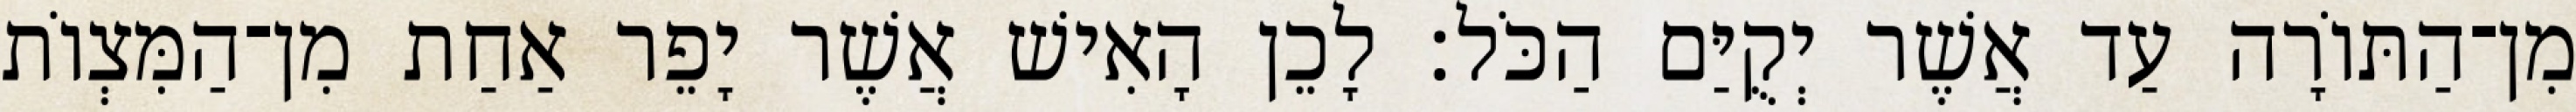
מִן־הַתּוֹרָה עַד אֲשֶׁר יְקֻיַּם הַכֹּל׃ לָכֵן הָאִישׁ אֲשֶׁר יָפֵר אַחַת מִן־הַמִּצְוֹת